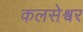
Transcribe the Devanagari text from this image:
कलसेश्वर